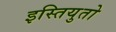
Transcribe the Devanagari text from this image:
इस्तियुतो